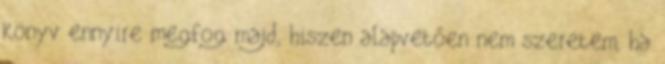
könyv ennyire megfog majd, hiszen alapvetően nem szeretem, ha